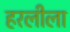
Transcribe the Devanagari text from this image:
हरलीला